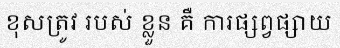
ខុសត្រូវ របស់ ខ្លួន គឺ ការផ្សព្វផ្សាយ